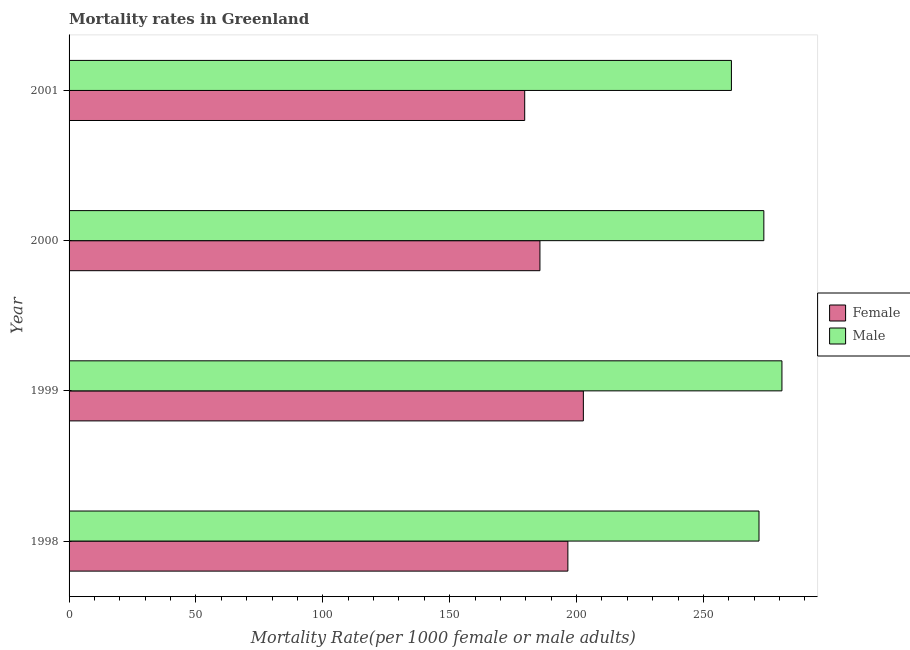
| Year | Female | Male |
 | --- | --- | --- |
 | 1998 | 197 | 272 |
 | 1999 | 203 | 281 |
 | 2000 | 186 | 274 |
 | 2001 | 180 | 261 |